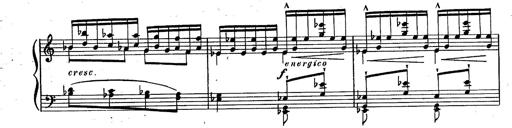
Title: RÃ©miniscences des Huguenots
Composer: Franz Liszt